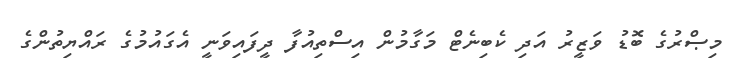
މިޞްރުގެ ބޮޑު ވަޒީރު އަދި ކެބިނެޓް މަގާމުން އިސްތިއުފާ ދީފައިވަނީ އެގައުމުގެ ރައްޔިތުންގެ